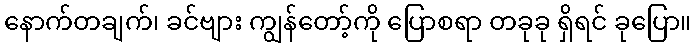
နောက်တချက်၊ ခင်ဗျား ကျွန်တော့်ကို ပြောစရာ တခုခု ရှိရင် ခုပြော။